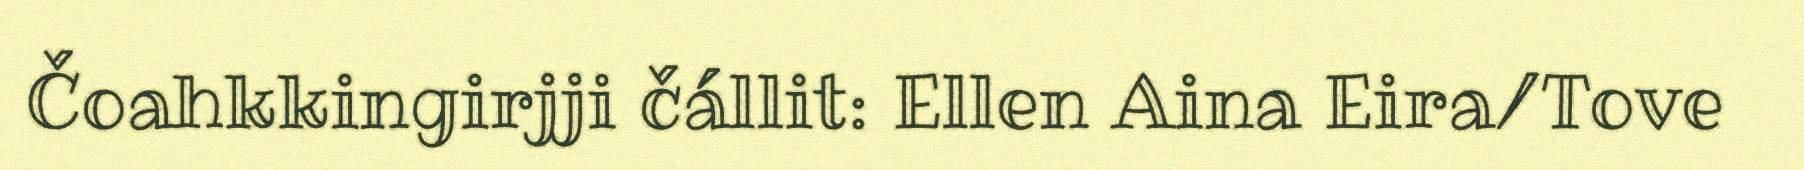
Čoahkkingirjji čállit: Ellen Aina Eira/Tove